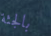
بالجثة